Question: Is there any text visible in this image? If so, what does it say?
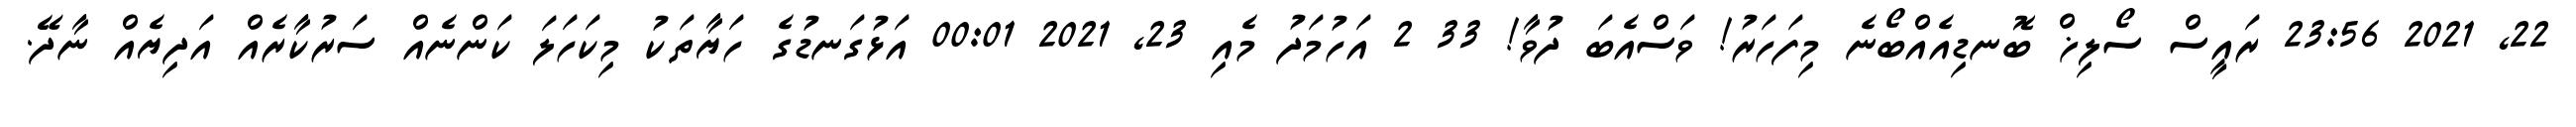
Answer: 22, 2021 23:56 ރައީސް ސޯލިޚް ބޮނޑިއެއްބޯނެ މިފަހަރު! ވަސްއެބަ ދުވާ! 33 2 އަހުމަދު މެއި 23, 2021 00:01 އަޅުގަނޑުގެ ހަޔާތަކު މިކަހަލަ ކަންނެއް ސަރުކާރެއް އަދިޔެއް ނާދޭ.